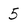
Character: 5